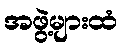
အဖွဲ့များထံ